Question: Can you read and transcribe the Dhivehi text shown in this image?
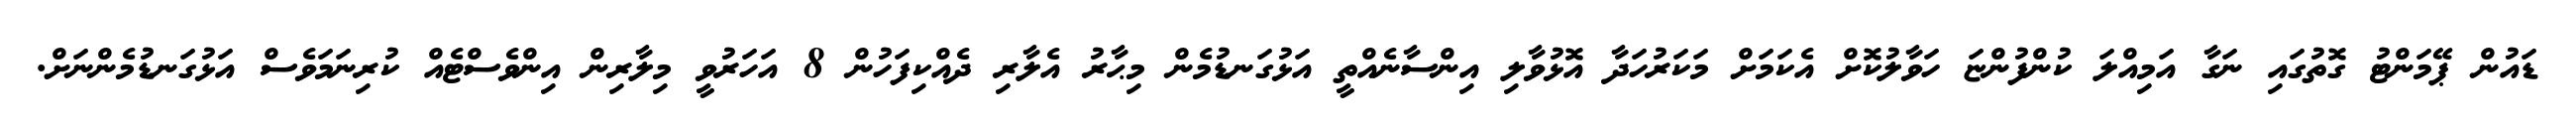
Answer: ޑައުން ޕޭމަންޓު ގޮތުގައި ނަގާ އަމިއްލަ ކުންފުންޏަ ހަވާލުކޮށް އެކަމަށް މަކަރުހަދާ އޮޅުވާލި އިންސާނެއްތީ އަޅުގަނޑުމެން މިޙާރު އެލާރި ދެއްކިފަހުން 8 އަހަރުވީ މިލާރިން އިންވެސްޓެއް ކުރިނަމަވެސް އަޅުގަނޑުމެންނަށް.